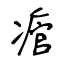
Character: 痯